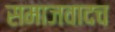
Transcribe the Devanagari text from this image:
समाजवादच